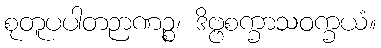
စုတူပပါတဉာဏဉ္စ၊ ဒိဗ္ဗစက္ခာသဝက္ခယံ။